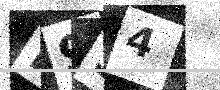
Text: F9S4